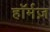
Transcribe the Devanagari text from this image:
हॉर्मज़